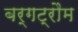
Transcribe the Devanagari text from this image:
बर्गट्रौम